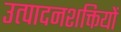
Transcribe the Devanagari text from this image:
उत्पादनशक्तियों